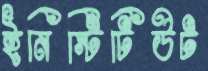
ইনিস্টিটিউট